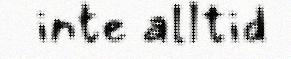
inte alltid